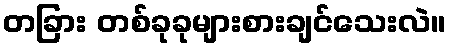
တခြား တစ်ခုခုများစားချင်သေးလဲ။